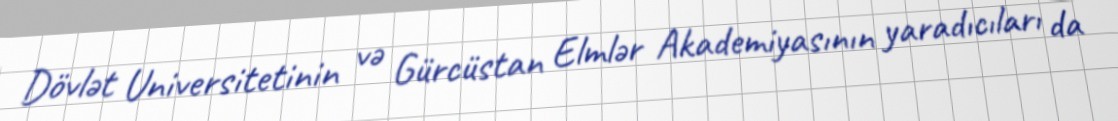
Dövlət Universitetinin və Gürcüstan Elmlər Akademiyasının yaradıcıları da